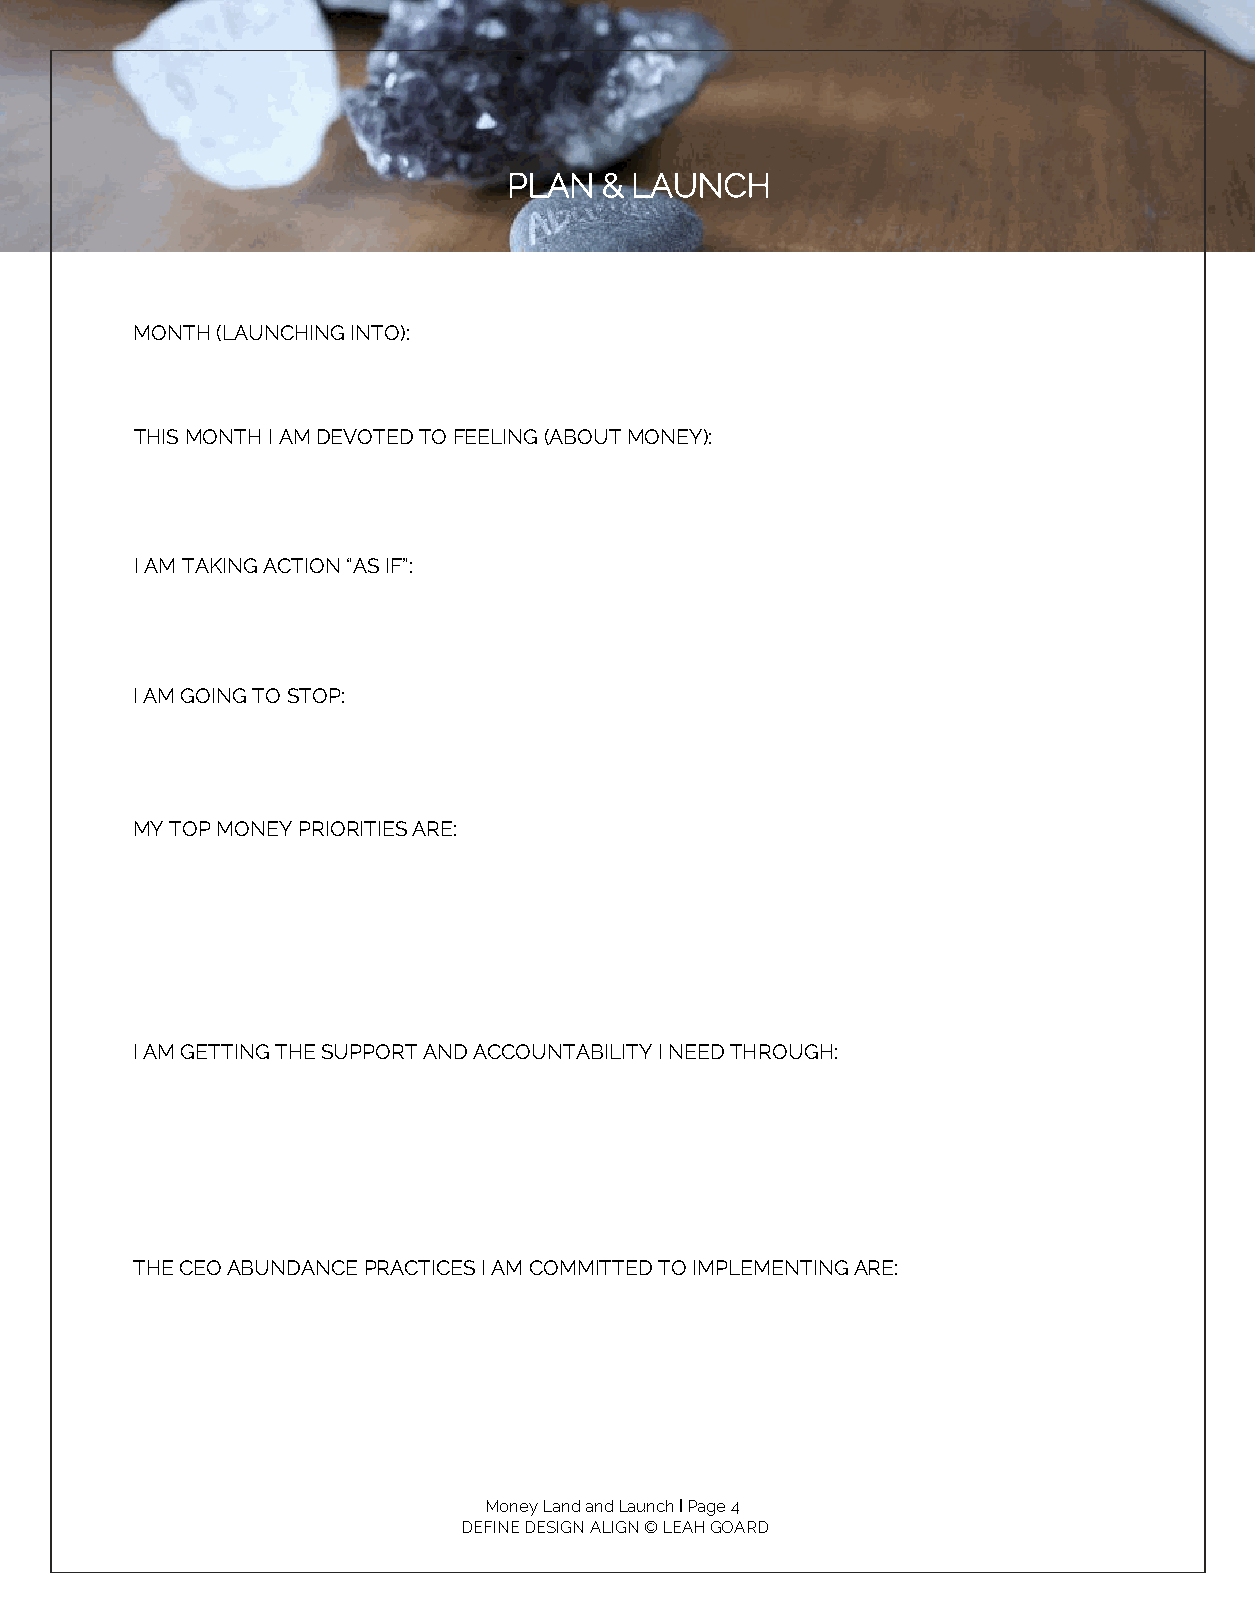
PLAN  & LAUNCH
 MONTH (LAUNCHING INTO):
 THIS MONTH I AM DEVOTED TO FEELING (ABOUT MONEY):
 I AM TAKING ACTION “AS IF”:
 I AM GOING TO STOP:
 MY TOP MONEY PRIORITIES ARE:
 I AM GETTING THE SUPPORT AND ACCOUNTABILITY I NEED THROUGH:
 THE CEO ABUNDANCE PRACTICES I AM COMMITTED TO IMPLEMENTING ARE:
 Money Land and Launch I Page 4
 DEFINE DESIGN ALIGN © LEAH GOARD